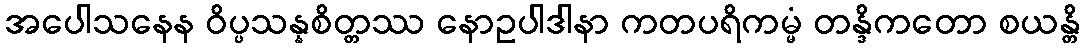
အပေါသနေန ဝိပ္ပသန္နစိတ္တဿ နောဥပါဒါနာ ကတပရိကမ္မံ တန္ဒိကတော စယန္တိ